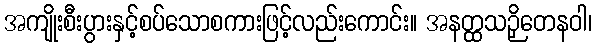
အကျိုးစီးပွားနှင့်စပ်သောစကားဖြင့်လည်းကောင်း။ အနတ္ထသဉှိတေနဝါ၊